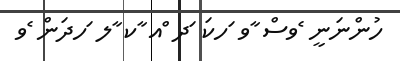
ހުންނަނީ ެވސް ާވ ަހކަ ަދ ްއ ާކ ާލ ަހދަން ެވ